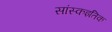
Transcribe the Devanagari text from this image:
सांस्कइतिक